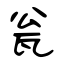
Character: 瓮